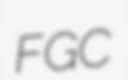
FGC